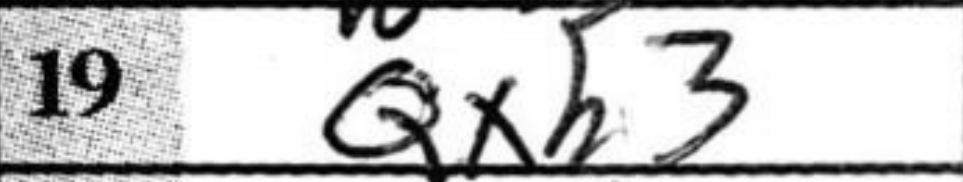
Transcription: Qxh3